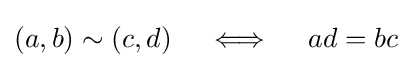
(a,b)\sim (c,d)\quad \iff \quad ad=bc